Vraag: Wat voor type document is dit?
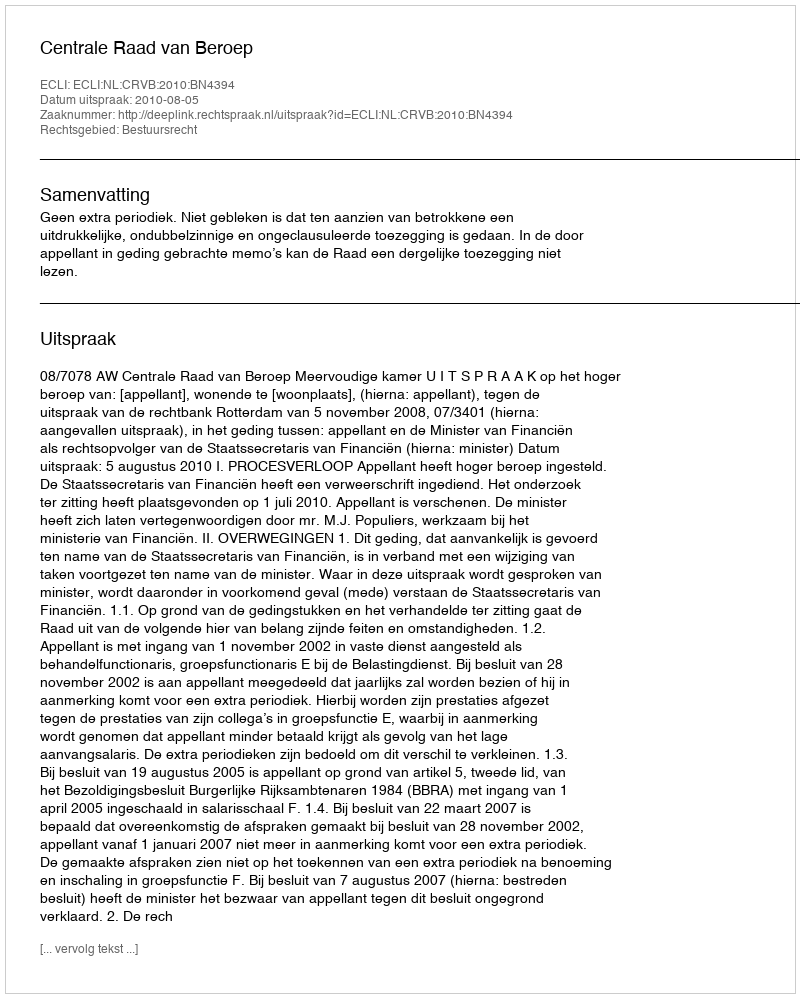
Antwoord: Uitspraak